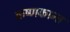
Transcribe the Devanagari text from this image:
क्रष्णकान्त